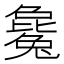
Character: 毚